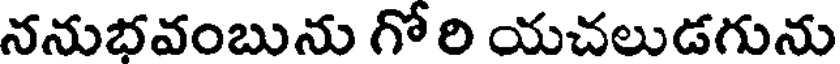
ననుభవంబును గో రి యచలుడగును